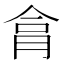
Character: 𦚶